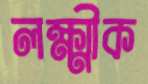
লক্ষ্মীক